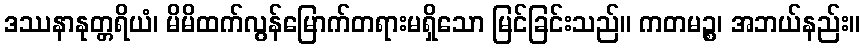
ဒဿနာနုတ္တရိယံ၊ မိမိထက်လွန်မြောက်တရားမရှိသော မြင်ခြင်းသည်။ ကတမဉ္စ၊ အဘယ်နည်း။